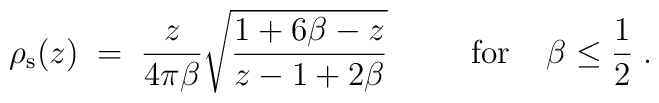
\rho_{\rm s}(z)\;=\; {z\over 4\pi\beta}\sqrt{ {1+6\beta -z\over z-1+2\beta}}\;\;\;\;\;\;\;\;\;{\rm for}\;\;\;\;\beta\leq {1\over 2}\;.